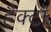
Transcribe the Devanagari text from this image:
हैक्टॉ